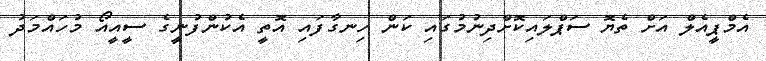
އެމްޕީއެލް އަށް ތެޔޮ ސަޕްލައިކޮށްދިނުމުގައި ކަން ހިނގާފައި އޮތީ އެކުންފުނީގެ ސީއީއޯ މުހައްމަދު